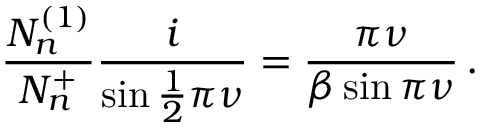
\frac { N _ { n } ^ { ( 1 ) } } { N _ { n } ^ { + } } \frac { i } { \sin \frac { 1 } { 2 } \pi \nu } = \frac { \pi \nu } { \beta \sin \pi \nu } \, .